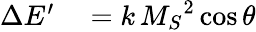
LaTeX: \begin{array}{rl}{\Delta E^{\prime}}&{{}=k\, {M_{S}}^{2}\cos\theta}\end{array}